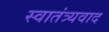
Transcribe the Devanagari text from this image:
स्वातंत्र्यवाद